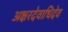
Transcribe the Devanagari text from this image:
अक्षरदेवाधिदेव